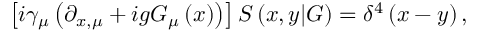
\left[ i \gamma _ { \mu } \left( \partial _ { x , \mu } + i g G _ { \mu } \left( x \right) \right) \right] S \left( x , y | G \right) = \delta ^ { 4 } \left( x - y \right) ,